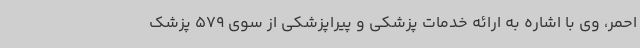
احمر، وی با اشاره به ارائه خدمات پزشکی و پیراپزشکی از سوی 579 پزشک